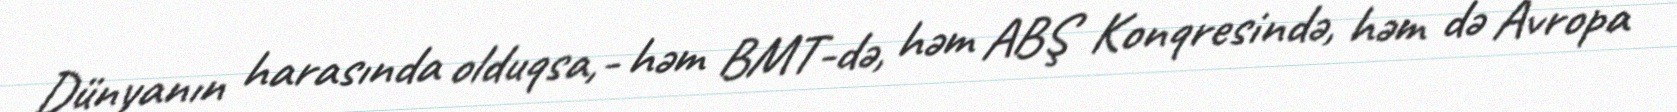
Dünyanın harasında olduqsa,- həm BMT-də, həm ABŞ Konqresində, həm də Avropa